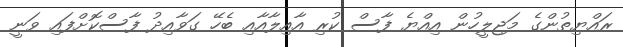
ރައްޔިތުންގެ މަޖިލީހުން އިއްޔެ ފާސް ކުރި އާއިލާއާއި ބެހޭ ގަވާއިދު ފާސްކޮށްފައި ވަނީ